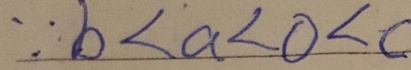
\because b < a < 0 < c